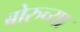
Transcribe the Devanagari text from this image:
बोरुच्या